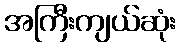
အကြီးကျယ်ဆုံး